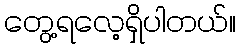
တွေ့ရလေ့ရှိပါတယ်။